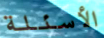
الأسئلة